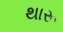
થારૂ